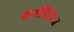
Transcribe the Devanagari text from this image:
मर्सीडिज